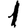
Digit: 1